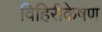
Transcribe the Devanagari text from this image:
विहिरीकेषण